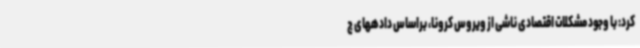
کرد: با وجود مشکلات اقتصادی ناشی از ویروس کرونا، براساس دادههای ج